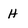
Character: H